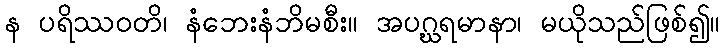
န ပရိဿဝတိ၊ နံဘေးနံဘိမစီး။ အပဂ္ဃရမာနာ၊ မယိုသည်ဖြစ်၍။